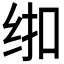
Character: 𱺚